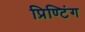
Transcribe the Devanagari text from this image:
प्रिण्टिंग